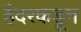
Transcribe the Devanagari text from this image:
हैदरकडून